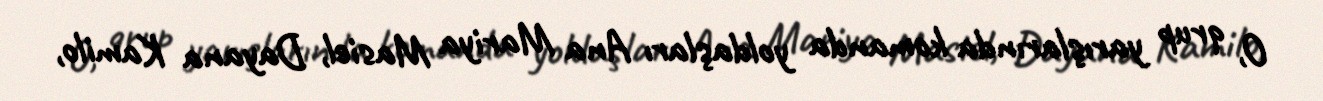
O, qrup yarışlarında komanda yoldaşları Ana Mariya Masiel, Dayana Kamilo,